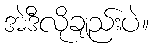
အဲဒီလိုချည်းပဲ။